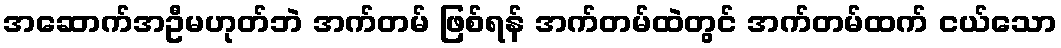
အဆောက်အဦမဟုတ်ဘဲ အက်တမ် ဖြစ်ရန် အက်တမ်ထဲတွင် အက်တမ်ထက် ငယ်သော